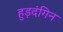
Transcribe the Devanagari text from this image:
हुड़दंगिन